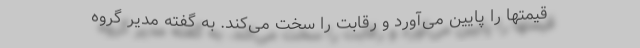
قیمتها را پایین می‌آورد و رقابت را سخت می‌کند. به گفته مدیر گروه